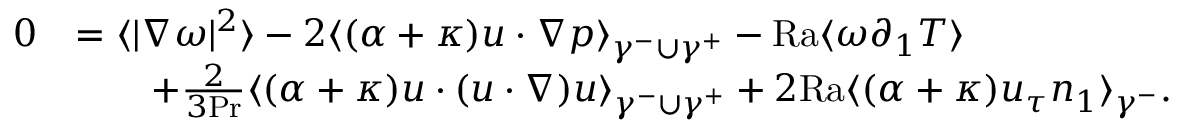
\begin{array} { r l } { 0 } & { = \langle | \nabla \omega | ^ { 2 } \rangle - 2 \langle ( \alpha + \kappa ) u \cdot \nabla p \rangle _ { \gamma ^ { - } \cup \gamma ^ { + } } - \mathrm { { R a } } \langle \omega \partial _ { 1 } T \rangle } \\ & { \qquad + \frac { 2 } { 3 \mathrm { P r } } \langle ( \alpha + \kappa ) u \cdot ( u \cdot \nabla ) u \rangle _ { \gamma ^ { - } \cup \gamma ^ { + } } + 2 \mathrm { { R a } } \langle ( \alpha + \kappa ) u _ { \tau } n _ { 1 } \rangle _ { \gamma ^ { - } } . } \end{array}